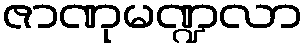
ဇာဏုမဏ္ဍလာ